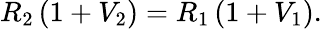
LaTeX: R_{2}\left(1+V_{2}\right)=R_{1}\left(1+V_{1}\right).